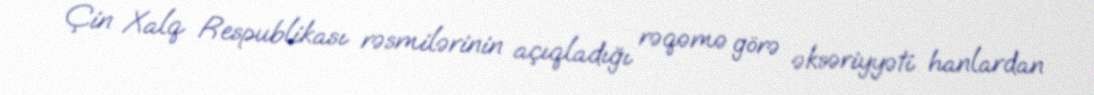
Çin Xalq Respublikası rəsmilərinin açıqladığı rəqəmə görə əksəriyyəti hanlardan